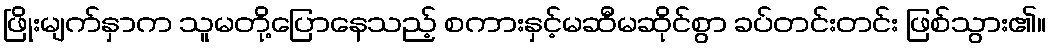
ဖြိုးမျက်နှာက သူမတို့ပြောနေသည့် စကားနှင့်မဆီမဆိုင်စွာ ခပ်တင်းတင်း ဖြစ်သွား၏။